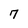
Character: 7